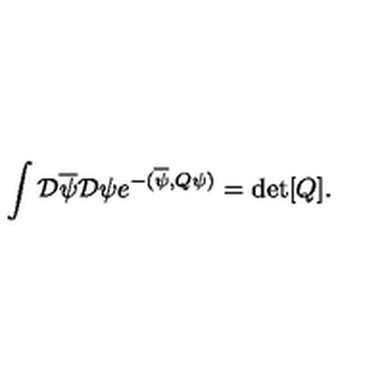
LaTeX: \int { \cal D } \overline { { \psi } } { \cal D } \psi e ^ { - ( \overline { { \psi } } , Q \psi ) } = \mathrm { d e t } [ Q ] .